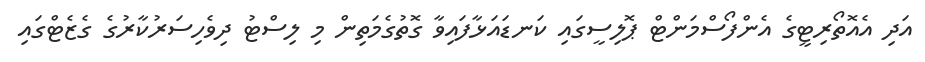
އަދި އެއޮތޯރިޓީގެ އެންފޯސްމަންޓް ޕޮލިސީގައި ކަނޑައަޅާފައިވާ ގޮތުގެމަތިން މި ލިސްޓު ދިވެހިސަރުކާރުގެ ގެޒެޓްގައި